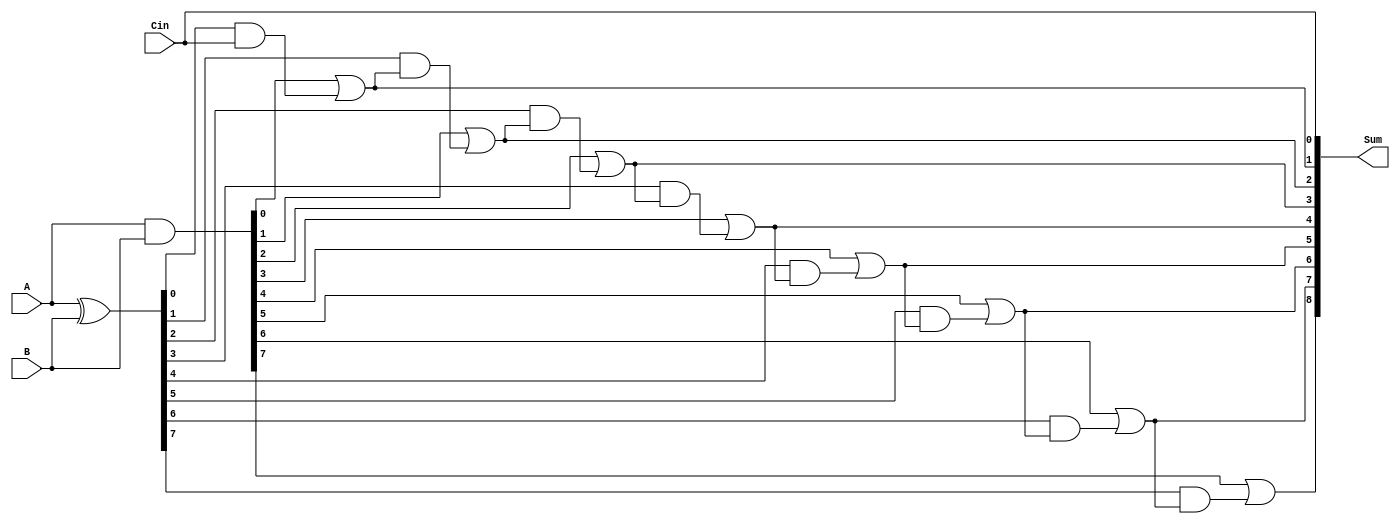
module carry_skip_adder (
    input [7:0] A,
    input [7:0] B,
    input Cin,
    output [8:0] Sum
);

wire [7:0] P, G;
wire [8:0] C;

assign P = A ^ B;
assign G = A & B;
assign C[0] = Cin;
assign C[1] = G[0] | (P[0] & Cin);
assign C[2] = G[1] | (P[1] & C[1]);
assign C[3] = G[2] | (P[2] & C[2]);
assign C[4] = G[3] | (P[3] & C[3]);
assign C[5] = G[4] | (P[4] & C[4]);
assign C[6] = G[5] | (P[5] & C[5]);
assign C[7] = G[6] | (P[6] & C[6]);
assign C[8] = G[7] | (P[7] & C[7]);

assign Sum = {C[8], C[7:0]};

endmodule